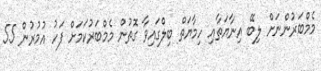
މެމްބަރުންނަށް ލިބޭ އިނާޔަތާއި ހިމާޔަތް ބިލްގައިވާ ގޮތުން މެމްބަރުކަމަށް ފަހު އުމުރުން 55